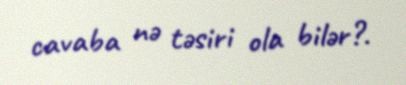
cavaba nə təsiri ola bilər?.